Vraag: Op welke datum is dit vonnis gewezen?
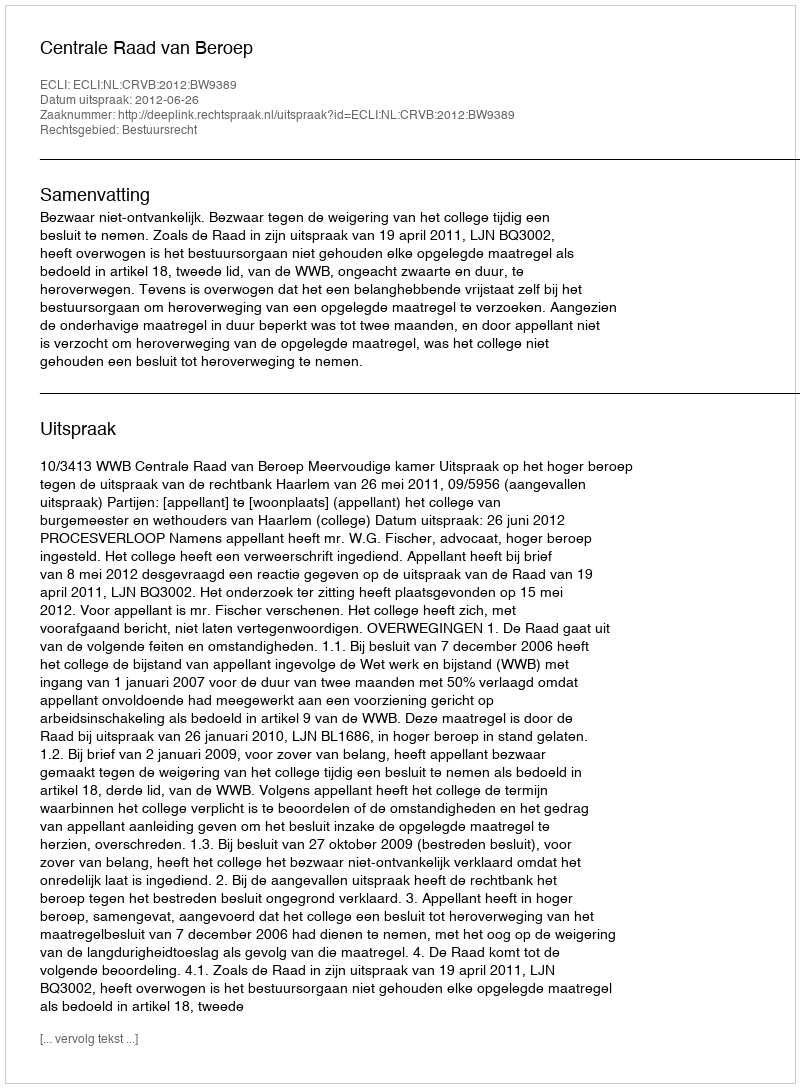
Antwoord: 2012-06-26